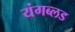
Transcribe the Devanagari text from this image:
यंगब्लड